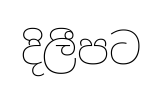
දිලීපට